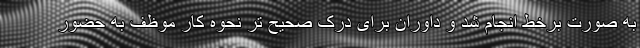
به صورت برخط انجام شد و داوران برای درک صحیح تر نحوه کار موظف به حضور